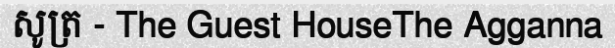
សូត្រ - The Guest HouseThe Agganna